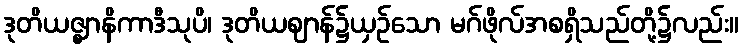
ဒုတိယဇ္ဈာနိကာဒီသုပိ၊ ဒုတိယဈာန်၌ယှဉ်သော မဂ်ဖိုလ်အစရှိသည်တို့၌လည်း။